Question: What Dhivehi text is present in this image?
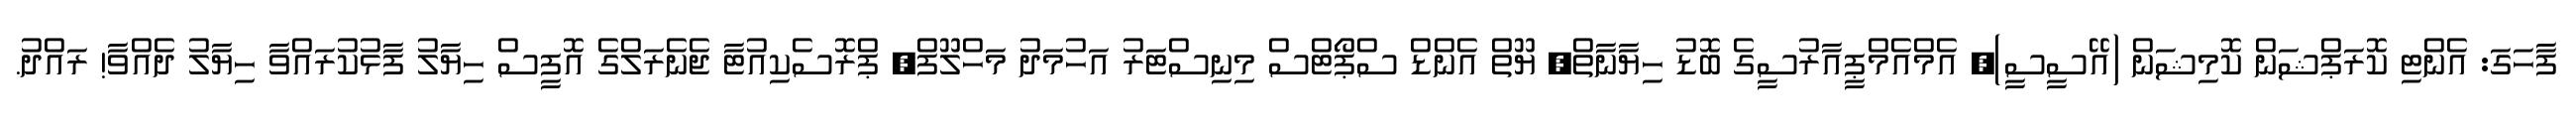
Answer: ފާހަގަ: އެންޓި ކޮރަޕްޝަން ކޮމިޝަން (އޭސީސީ), އެމްއެމްޕީއާރުސީގެ ބޮޑު ހިޔާނާތް, ޔޫތް އެންޑް ސްޕޯޓްސް މިނިސްޓަރު އަހުމަދު މަހްލޫފް, ޕްރޮސެކިއުޓާ ޖެނެރަލްގެ އޮފީސް ހިޔާލު ފާޅުކުރައްވާ ހިޔާލު ދެއްވާ! ރައްދު.